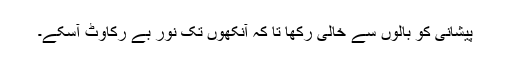
پیشانی کو بالوں سے خالی رکھا تا کہ آنکھوں تک نور بے رکاوٹ آسکے۔